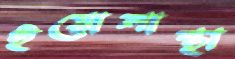
ইয়োলান্থা